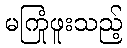
မကြုံဖူးသည့်